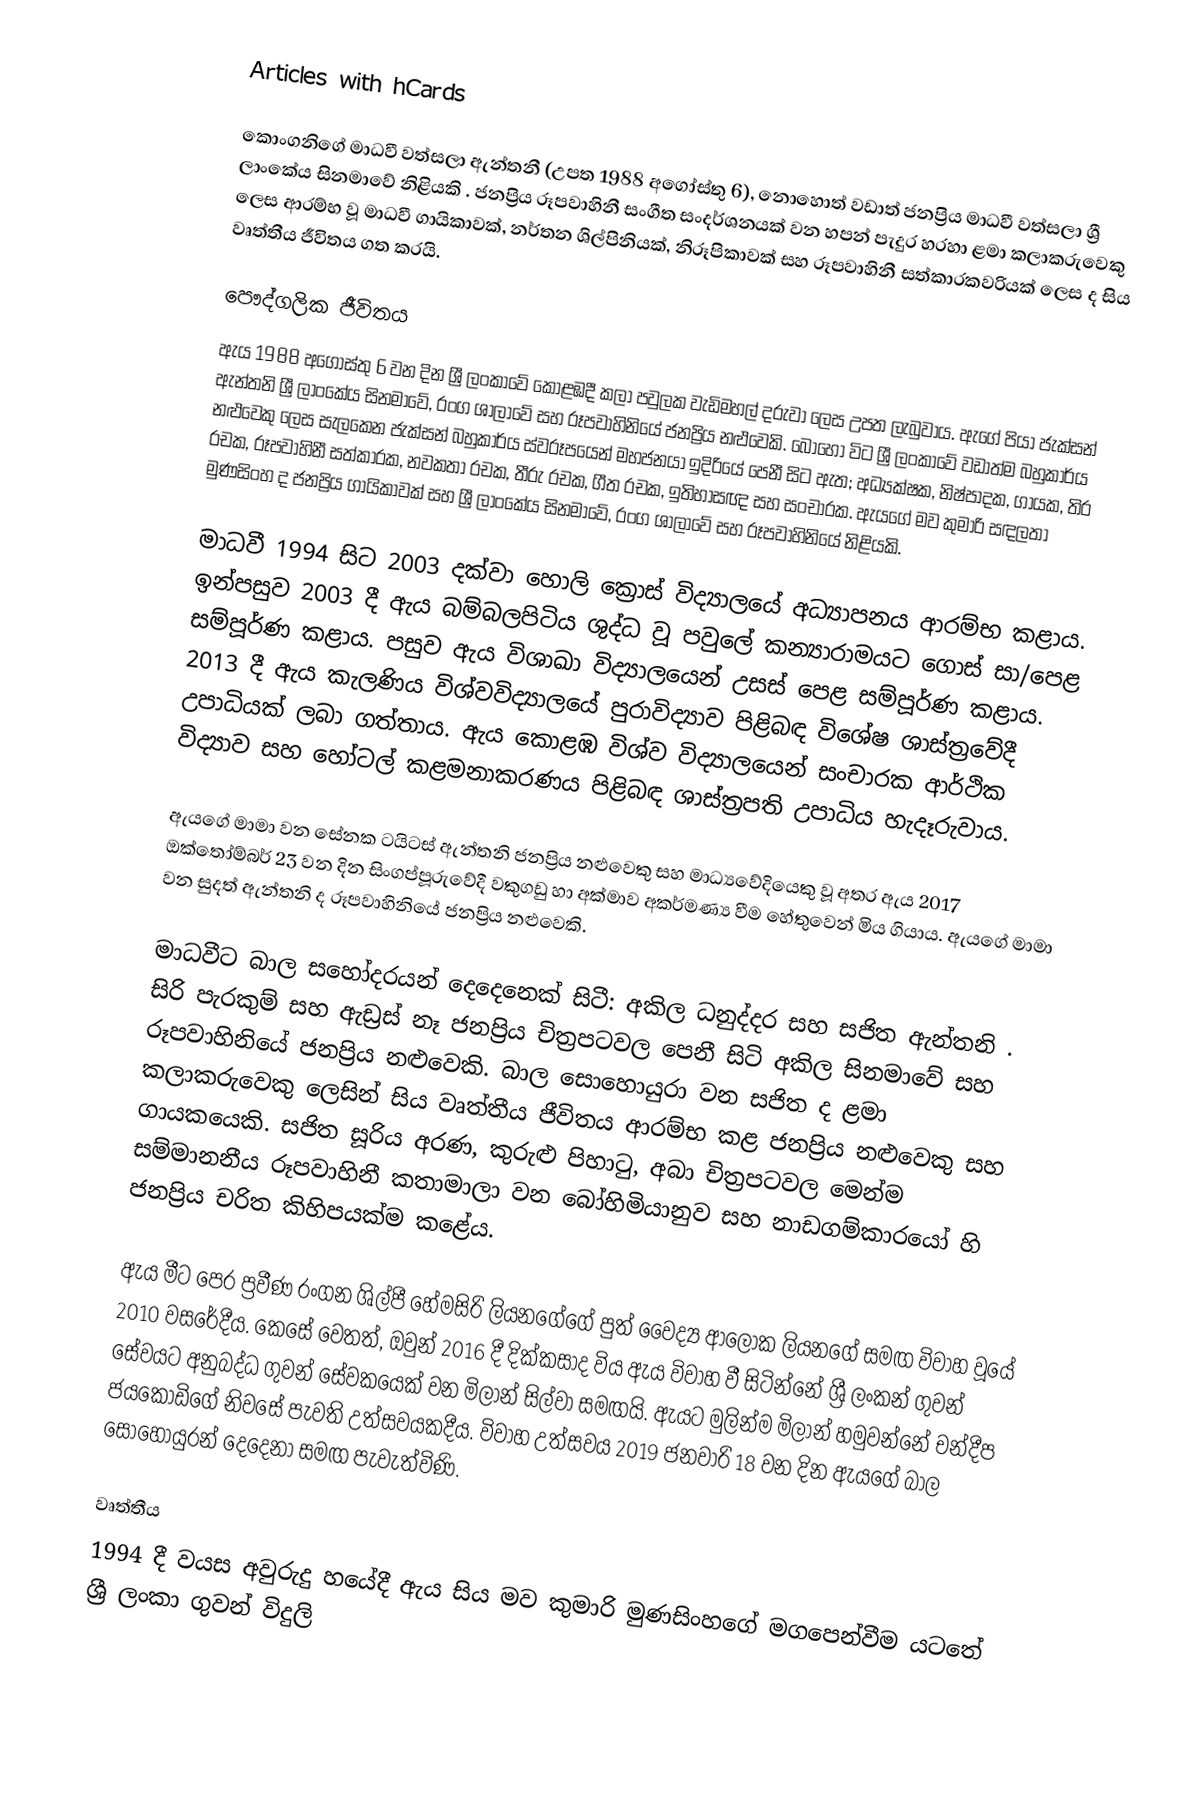
Articles with hCards

කොංගනිගේ මාධවී වත්සලා ඇන්තනී (උපත 1988 අගෝස්තු 6), නොහොත් වඩාත් ජනප්‍රිය මාධවී වත්සලා ශ්‍රී ලාංකේය සිනමාවේ නිළියකි .  ජනප්‍රිය රූපවාහිනී සංගීත සංදර්ශනයක් වන හපන් පැදුර හරහා ළමා කලාකරුවෙකු ලෙස ආරම්භ වූ මාධවී ගායිකාවක්, නර්තන ශිල්පිනියක්, නිරූපිකාවක් සහ රූපවාහිනී සත්කාරකවරියක් ලෙස ද සිය වෘත්තීය ජීවිතය ගත කරයි.

පෞද්ගලික ජීවිතය
ඇය 1988 අගෝස්තු 6 වන දින ශ්‍රී ලංකාවේ කොළඹදී කලා පවුලක වැඩිමහල් දරුවා ලෙස උපත ලැබුවාය.  ඇගේ පියා ජැක්සන් ඇන්තනි ශ්‍රී ලාංකේය සිනමාවේ, රංග ශාලාවේ සහ රූපවාහිනියේ ජනප්‍රිය නළුවෙකි.  බොහෝ විට ශ්‍රී ලංකාවේ වඩාත්ම බහුකාර්ය නළුවෙකු ලෙස සැලකෙන ජැක්සන් බහුකාර්ය ස්වරූපයෙන් මහජනයා ඉදිරියේ පෙනී සිට ඇත; අධ්‍යක්ෂක, නිෂ්පාදක, ගායක, තිර රචක, රූපවාහිනී සත්කාරක, නවකතා රචක, තීරු රචක, ගීත රචක, ඉතිහාසඥ සහ සංචාරක. ඇයගේ මව කුමාරි සඳලතා මුණසිංහ ද ජනප්‍රිය ගායිකාවක් සහ ශ්‍රී ලාංකේය සිනමාවේ, රංග ශාලාවේ සහ රූපවාහිනියේ නිළියකි.

මාධවී 1994 සිට 2003 දක්වා හොලි ක්‍රොස් විද්‍යාලයේ අධ්‍යාපනය ආරම්භ කළාය. ඉන්පසුව 2003 දී ඇය බම්බලපිටිය ශුද්ධ වූ පවුලේ කන්‍යාරාමයට ගොස් සා/පෙළ සම්පූර්ණ කළාය.  පසුව ඇය විශාඛා විද්‍යාලයෙන් උසස් පෙළ සම්පූර්ණ කළාය. 2013 දී ඇය කැලණිය විශ්වවිද්‍යාලයේ පුරාවිද්‍යාව පිළිබඳ විශේෂ ශාස්ත්‍රවේදී උපාධියක් ලබා ගත්තාය. ඇය කොළඹ විශ්ව විද්‍යාලයෙන් සංචාරක ආර්ථික විද්‍යාව සහ හෝටල් කළමනාකරණය පිළිබඳ ශාස්ත්‍රපති උපාධිය හැදෑරුවාය.

ඇයගේ මාමා වන සේනක ටයිටස් ඇන්තනි ජනප්‍රිය නළුවෙකු සහ මාධ්‍යවේදියෙකු වූ අතර ඇය 2017 ඔක්තෝම්බර් 23 වන දින සිංගප්පූරුවේදී වකුගඩු හා අක්මාව අකර්මණ්‍ය වීම හේතුවෙන් මිය ගියාය.   ඇයගේ මාමා වන සුදත් ඇන්තනි ද රූපවාහිනියේ ජනප්‍රිය නළුවෙකි.

මාධවීට බාල සහෝදරයන් දෙදෙනෙක් සිටී: අකිල ධනුද්දර සහ සජිත ඇන්තනි .   සිරි පැරකුම් සහ ඇඩ්‍රස් නෑ ජනප්‍රිය චිත්‍රපටවල පෙනී සිටි අකිල සිනමාවේ සහ රූපවාහිනියේ ජනප්‍රිය නළුවෙකි. බාල සොහොයුරා වන සජිත ද ළමා කලාකරුවෙකු ලෙසින් සිය වෘත්තීය ජීවිතය ආරම්භ කළ ජනප්‍රිය නළුවෙකු සහ ගායකයෙකි. සජිත සූරිය අරණ, කුරුළු පිහාටු, අබා චිත්‍රපටවල මෙන්ම සම්මානනීය රූපවාහිනී කතාමාලා වන බෝහිමියානුව සහ නාඩගම්කාරයෝ හි ජනප්‍රිය චරිත කිහිපයක්ම කළේය.

ඇය මීට පෙර ප්‍රවීණ රංගන ශිල්පී හේමසිරි ලියනගේගේ පුත් වෛද්‍ය ආලෝක ලියනගේ සමඟ විවාහ වූයේ 2010 වසරේදීය. කෙසේ වෙතත්, ඔවුන් 2016 දී දික්කසාද විය  ඇය විවාහ වී සිටින්නේ ශ්‍රී ලංකන් ගුවන් සේවයට අනුබද්ධ ගුවන් සේවකයෙක් වන මිලාන් සිල්වා සමඟයි. ඇයට මුලින්ම මිලාන් හමුවන්නේ චන්දීප ජයකොඩිගේ නිවසේ පැවති උත්සවයකදීය.   විවාහ උත්සවය 2019 ජනවාරි 18 වන දින ඇයගේ බාල සොහොයුරන් දෙදෙනා සමඟ පැවැත්විණි.

වෘත්තීය
1994 දී වයස අවුරුදු හයේදී ඇය සිය මව කුමාරි මුණසිංහගේ මගපෙන්වීම යටතේ ශ්‍රී ලංකා ගුවන් විදුලි